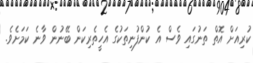
ކުރިއަށް އޮތް ތަނުގައި ވެސް އެ ކުންފުނިތަކުގެ އެހީތެރިކަން ބޭނުން ވާނެ ކަމަށެވެ.